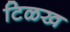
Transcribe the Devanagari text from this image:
टिळख